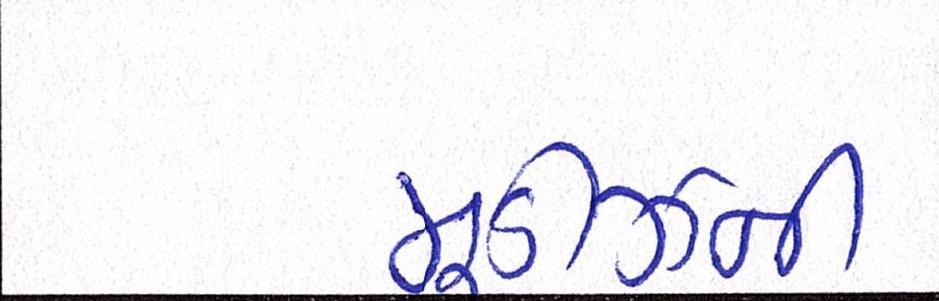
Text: મૂડીઝની